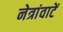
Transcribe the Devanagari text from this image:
नेत्रांवाटें